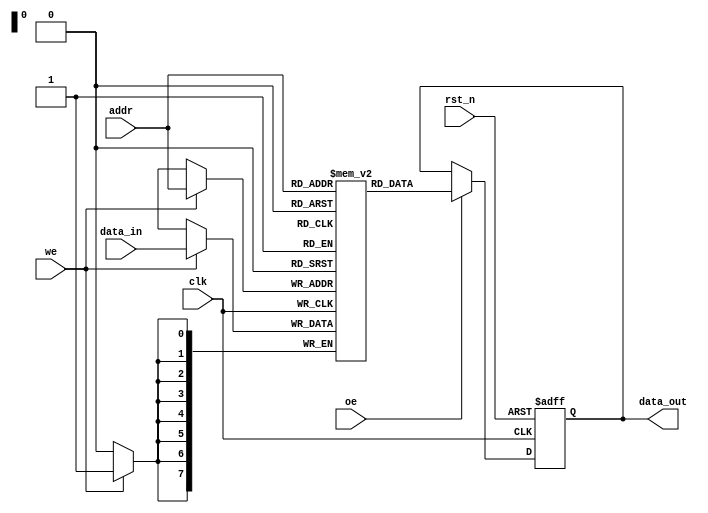
module ram_sync
(
    // clk
    clk,
    // reset_n
    rst_n,
    // input
    addr,
    oe,
    we,
    data_in,
    // output
    data_out
);

parameter BW_DATA = 8;
parameter BW_ADDR = 8;
parameter DEPTH_RAM = 1 << BW_ADDR;
parameter INIT_FILE = "";

  
// input
input wire clk;
input wire rst_n;
input wire [BW_ADDR-1:0] addr;
input wire oe;
input wire we;
input wire [BW_DATA-1:0] data_in;

// output
output reg [BW_DATA-1:0] data_out;

// internal
genvar i;

//wire [BW_DATA-1:0] _data_out;
reg [BW_DATA-1:0] mem [0:DEPTH_RAM-1];


/*
generate
    for(i=0;i<DEPTH_RAM;i=i+1)
    begin : ram_op
        //always@(posedge clk or negedge rst_n)
        always@(posedge clk)
        begin
            if(rst_n == 1'b0)
            begin
                mem[i] <= {BW_DATA{1'b0}};
                data_out <= {BW_DATA{1'b0}};
            end
            else
            begin
                if(we==1'b1) 
                begin
                    if(addr==i)
                        mem[addr] <= data;
                end
                else
                begin
                    if(oe==1'b1)
                    begin
                        //if(addr==i)
                        //    data_out <= mem[addr];   
                        //else
                        //    data_out <= {BW_DATA{1'bz}};   
                        data_out <= _data_out;
                    end
                end
            end
        end
    end
endgenerate

generate
    for(i=0;i<DEPTH_RAM;i=i+1)
    begin : assign__data_out
        assign _data_out = (addr==i) ? mem[addr] : {BW_DATA{1'bz}};
    end
endgenerate
*/

// initial 
generate
    if(INIT_FILE != "")
    begin : init_w_file
        initial
        begin
            $readmemh(INIT_FILE,mem,0,DEPTH_RAM-1);
        end
    end
    else
    begin : init_zero
        for(i=0;i<DEPTH_RAM;i=i+1)
        begin
            initial
            begin
                mem[i] <= {BW_DATA{1'b0}};
            end
        end
    end
endgenerate

/*
always@(posedge clk)
begin
    if(rst_n == 1'b0)
    begin
        data_out <= {BW_DATA{1'b0}};
    end
    else
    begin
        if(we==1'b1) 
            mem[addr] <= data;
        else
        begin
            if(oe==1'b1)
                data_out <= mem[addr];   
        end
    end
end
*/

always@(posedge clk or negedge rst_n)
begin
    if(rst_n==1'b0)
        data_out <= {BW_DATA{1'b0}};
    else
        if(oe==1'b1)
            data_out <= mem[addr];
end

always@(posedge clk)
begin
    if(we==1'b1)
        mem[addr] <= data_in;
end

//assign data = (oe && !we) ? data_out : {BW_DATA{1'bz}};

    
endmodule